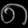
Digit: ၈